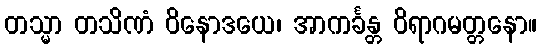
တသ္မာ တသိဏံ ဝိနောဒယေ၊ အာကင်္ခန္တ ဝိရာဂမတ္တနော။